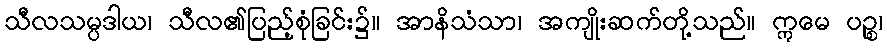
သီလသမ္ပဒါယ၊ သီလ၏ပြည့်စုံခြင်း၌။ အာနိသံသာ၊ အကျိုးဆက်တို့သည်။ ဣမေ ပဉ္စ၊